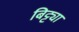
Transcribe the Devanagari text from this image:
बिट्ट्या